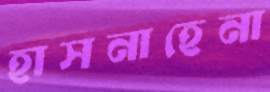
হাসনাহেনা